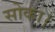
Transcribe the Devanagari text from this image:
सोका।